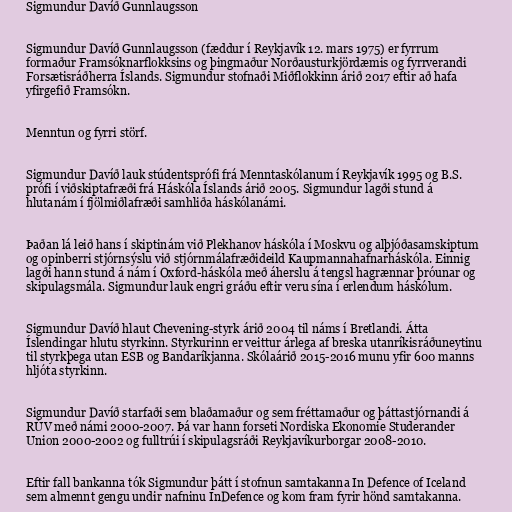
Sigmundur Davíð Gunnlaugsson

Sigmundur Davíð Gunnlaugsson (fæddur í Reykjavík 12. mars 1975) er fyrrum
formaður Framsóknarflokksins og þingmaður Norðausturkjördæmis og fyrrverandi
Forsætisráðherra Íslands. Sigmundur stofnaði Miðflokkinn árið 2017 eftir að hafa
yfirgefið Framsókn.

Menntun og fyrri störf.

Sigmundur Davíð lauk stúdentsprófi frá Menntaskólanum í Reykjavík 1995 og B.S.
prófi í viðskiptafræði frá Háskóla Íslands árið 2005. Sigmundur lagði stund á
hlutanám í fjölmiðlafræði samhliða háskólanámi.

Þaðan lá leið hans í skiptinám við Plekhanov háskóla í Moskvu og alþjóðasamskiptum
og opinberri stjórnsýslu við stjórnmálafræðideild Kaupmannahafnarháskóla. Einnig
lagði hann stund á nám í Oxford-háskóla með áherslu á tengsl hagrænnar þróunar og
skipulagsmála. Sigmundur lauk engri gráðu eftir veru sína í erlendum háskólum.

Sigmundur Davíð hlaut Chevening-styrk árið 2004 til náms í Bretlandi. Átta
Íslendingar hlutu styrkinn. Styrkurinn er veittur árlega af breska utanríkisráðuneytinu
til styrkþega utan ESB og Bandaríkjanna. Skólaárið 2015-2016 munu yfir 600 manns
hljóta styrkinn.

Sigmundur Davíð starfaði sem blaðamaður og sem fréttamaður og þáttastjórnandi á
RÚV með námi 2000-2007. Þá var hann forseti Nordiska Ekonomie Studerander
Union 2000-2002 og fulltrúi í skipulagsráði Reykjavíkurborgar 2008-2010.

Eftir fall bankanna tók Sigmundur þátt í stofnun samtakanna In Defence of Iceland
sem almennt gengu undir nafninu InDefence og kom fram fyrir hönd samtakanna.